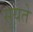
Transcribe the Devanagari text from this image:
सूयते